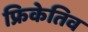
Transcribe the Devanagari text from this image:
फ्रिकेतिव